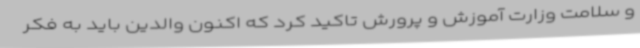
و سلامت وزارت آموزش و پرورش تاکید کرد که اکنون والدین باید به فکر